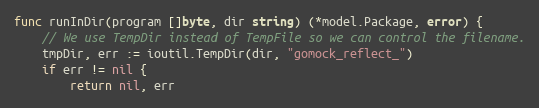
Language: Go
func runInDir(program []byte, dir string) (*model.Package, error) {
	// We use TempDir instead of TempFile so we can control the filename.
	tmpDir, err := ioutil.TempDir(dir, "gomock_reflect_")
	if err != nil {
		return nil, err